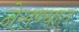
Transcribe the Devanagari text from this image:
नेसण्यात